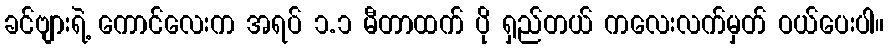
ခင်ဗျားရဲ့ ကောင်လေးက အရပ် ၁.၁ မီတာထက် ပို ရှည်တယ် ကလေးလက်မှတ် ဝယ်ပေးပါ။